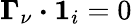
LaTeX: \boldsymbol{\Gamma}_{\nu}\boldsymbol{\cdot}\boldsymbol{1}_{i}=0